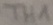
Text: TH1